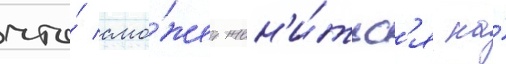
что́ смо́жет жен'и́тьс'я на́